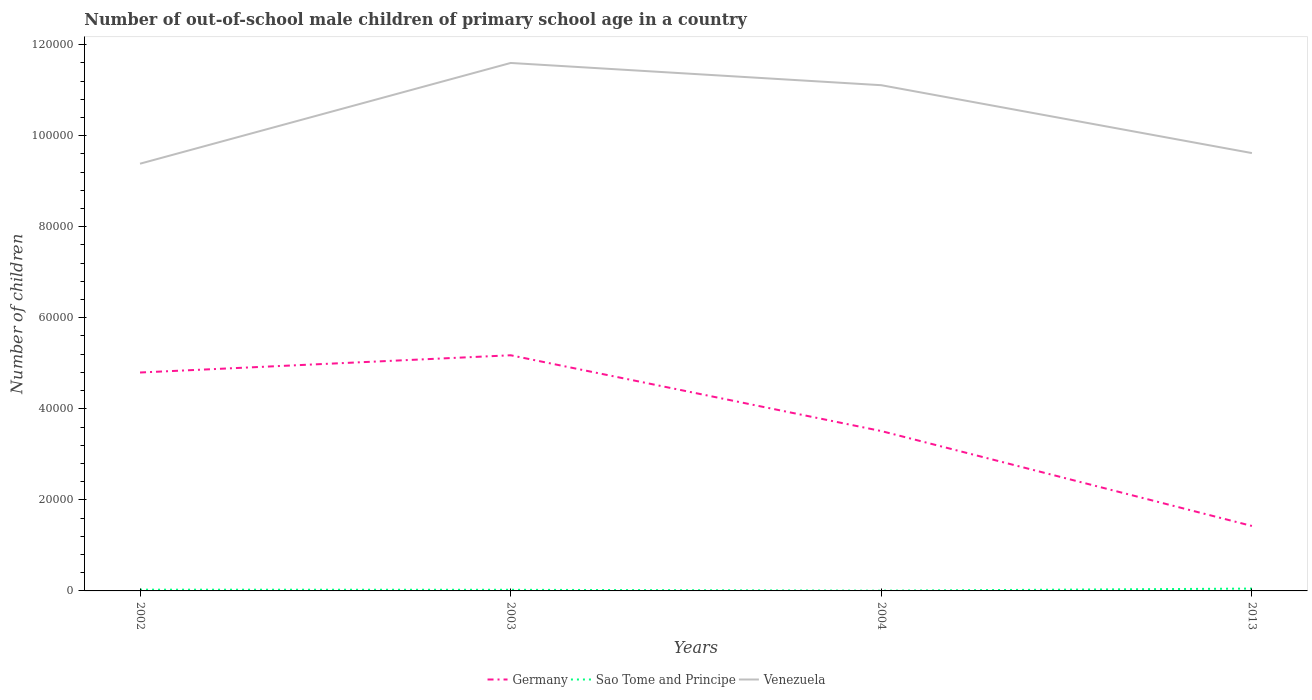
| Years | Germany | Sao Tome and Principe | Venezuela |
 | --- | --- | --- | --- |
 | 2002 | 4.8e+04 | 274 | 9.38e+04 |
 | 2003 | 5.18e+04 | 248 | 1.16e+05 |
 | 2004 | 3.51e+04 | 51 | 1.11e+05 |
 | 2013 | 1.43e+04 | 513 | 9.62e+04 |